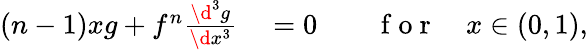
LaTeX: \begin{array}{rlrl}{(n-1)xg+f^{n}\frac{\d^{3}g}{\d x^{3}}}&{{}=0}&{}&{{}\mathrm{~f~o~r~}\quad x\in(0,1),}\end{array}